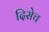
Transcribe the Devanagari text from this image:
दिसेच